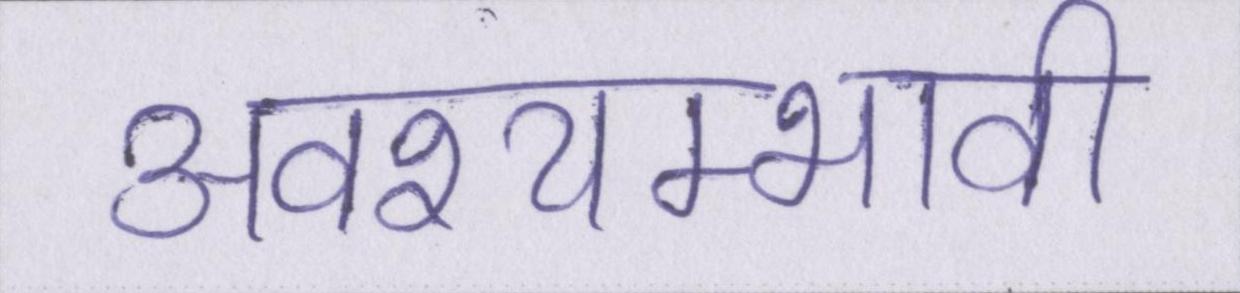
अवश्यम्भावी